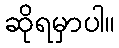
ဆိုရမှာပါ။